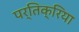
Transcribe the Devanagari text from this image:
पर्तिक्रिया